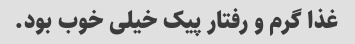
غذا گرم و رفتار پیک خیلی خوب بود.